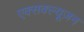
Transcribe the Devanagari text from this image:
एक्सक्ल्यूज़न